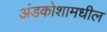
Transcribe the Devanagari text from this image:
अंडकोशामधील